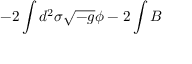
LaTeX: - 2 \int d ^ { 2 } \sigma \sqrt { - g } \phi - 2 \int B